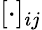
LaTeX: [\cdot]_{ij}